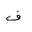
Letter: _fa